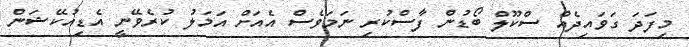
މިފަދަ ގަވައިދެއް ސްކޫލް ބޯޑުން ފާސްކުރި ނަމަވެސް އެއަށް އަމަލު ކުރެވޭނީ އެޑިއުކޭޝަން